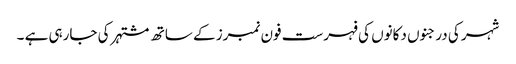
شہر کی درجنوں دکانوں کی فہرست فون نمبرز کے ساتھ مشتہر کی جارہی ہے ۔